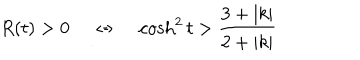
R ( t ) > 0 \; \Leftrightarrow \; \cosh ^ { 2 } t > \frac { 3 + | k | } { 2 + | k | }